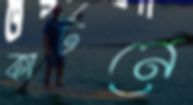
কার্টনে